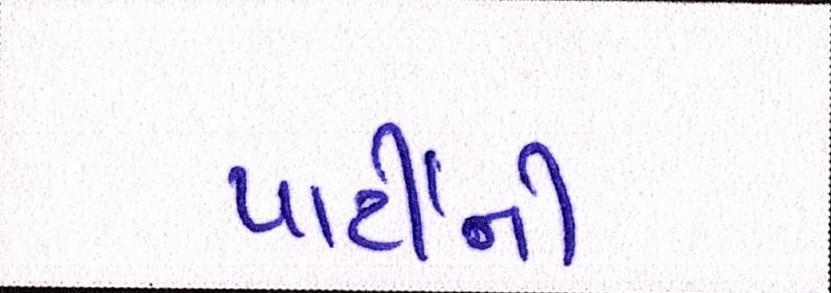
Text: પાર્ટીની